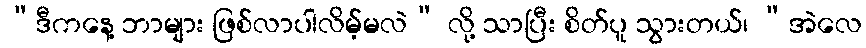
“ဒီကနေ့ ဘာများ ဖြစ်လာပါလိမ့်မလဲ” လို့ သာပြီး စိတ်ပူ သွားတယ်၊ “အဲလေ